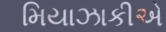
મિયાઝાકીએ